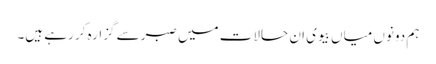
ہم دونوں میاں بیوی ان حالات میں صبر سے گزارہ کر رہے ہیں۔